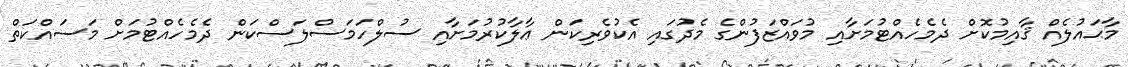
މާޙައުލެއް ޤާއިމުކޮށް ދެމެހެއްޓުމަށާއި މުވައްޒަފުންގެ މެދުގައި އެކުވެރިކަން ޢާލާކުރުމަށާއި ސުލްހަމަސްލަސްކަން ދެމެހެއްޓުމަށް މަސައްކަތް